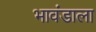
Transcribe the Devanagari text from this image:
भावंडाला